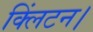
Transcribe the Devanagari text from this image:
क्लिंटन।